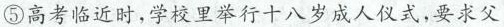
⑤高考临近时，学校里举行十八岁成人仪式，要求父